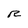
Character: R